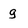
Character: g